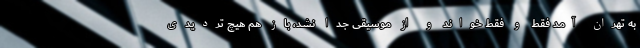
به تهران آمد فقط و فقط خواند و از موسیقی جدا نشد، باز هم هیچ تردیدی